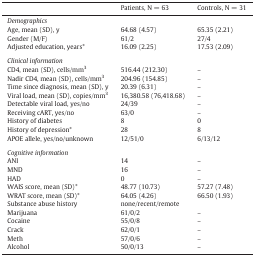
<table><thead><tr><td></td><td><b>Patients, N = 63</b></td><td><b>Controls, N = 31</b></td></tr></thead><tbody><tr><td colspan="3"><i>Demographics</i></td></tr><tr><td>Age, mean (SD), y</td><td>64.68 (4.57)</td><td>65.35 (2.21)</td></tr><tr><td>Gender (M/F)</td><td>61/2</td><td>27/4</td></tr><tr><td>Adjusted education, years*</td><td>16.09 (2.25)</td><td>17.53 (2.09)</td></tr><tr><td colspan="3">  </td></tr><tr><td colspan="3"><i>Clinical information</i></td></tr><tr><td>CD4, mean (SD), cells/mm<sup>3</sup></td><td>516.44 (212.30)</td><td>–</td></tr><tr><td>Nadir CD4, mean (SD), cells/mm<sup>3</sup></td><td>204.96 (154.85)</td><td>–</td></tr><tr><td>Time since diagnosis, mean (SD), y</td><td>20.39 (6.31)</td><td>–</td></tr><tr><td>Viral load, mean (SD), copies/mm<sup>3</sup></td><td>16,380.58 (76,418.68)</td><td>–</td></tr><tr><td>Detectable viral load, yes/no</td><td>24/39</td><td>–</td></tr><tr><td>Receiving cART, yes/no</td><td>63/0</td><td>–</td></tr><tr><td>History of diabetes</td><td>8</td><td>0</td></tr><tr><td>History of depression*</td><td>28</td><td>8</td></tr><tr><td>APOE allele, yes/no/unknown</td><td>12/51/0</td><td>6/13/12</td></tr><tr><td colspan="3">  </td></tr><tr><td colspan="3"><i>Cognitive information</i></td></tr><tr><td>ANI</td><td>14</td><td>–</td></tr><tr><td>MND</td><td>16</td><td>–</td></tr><tr><td>HAD</td><td>0</td><td>–</td></tr><tr><td>WAIS score, mean (SD)*</td><td>48.77 (10.73)</td><td>57.27 (7.48)</td></tr><tr><td>WRAT score, mean (SD)*</td><td>64.05 (4.26)</td><td>66.50 (1.93)</td></tr><tr><td>Substance abuse history</td><td>none/recent/remote</td><td></td></tr><tr><td>Marijuana</td><td>61/0/2</td><td>–</td></tr><tr><td>Cocaine</td><td>55/0/8</td><td>–</td></tr><tr><td>Crack</td><td>62/0/1</td><td>–</td></tr><tr><td>Meth</td><td>57/0/6</td><td>–</td></tr><tr><td>Alcohol</td><td>50/0/13</td><td>–</td></tr></tbody></table>